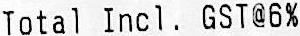
TOTAL INCL. GST@6%